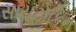
સાયટોકિન